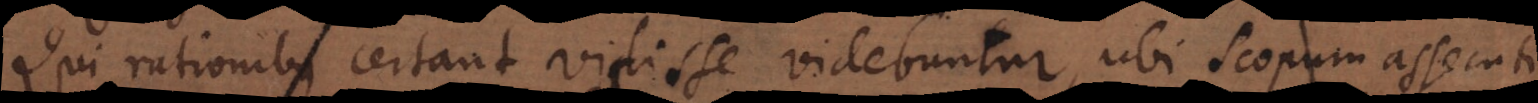
Qui rationibus certant vicisse videbuntur, ubi scopum assecuti